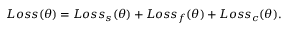
L o s s ( \theta ) = L o s s _ { s } ( \theta ) + L o s s _ { f } ( \theta ) + L o s s _ { c } ( \theta ) .